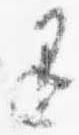
退